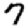
Digit: 7